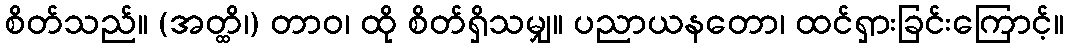
စိတ်သည်။ (အတ္ထိ၊) တာဝ၊ ထို စိတ်ရှိသမျှ။ ပညာယနတော၊ ထင်ရှားခြင်းကြောင့်။